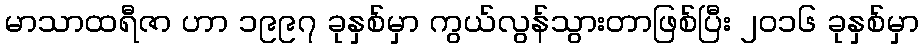
မာသာထရီဇာ ဟာ ၁၉၉၇ ခုနှစ်မှာ ကွယ်လွန်သွားတာဖြစ်ပြီး ၂၀၁၆ ခုနှစ်မှာ